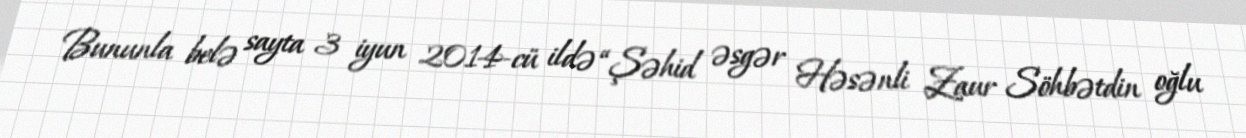
Bununla belə sayta 3 iyun 2014-cü ildə “Şəhid əsgər Həsənli Zaur Söhbətdin oğlu